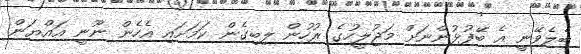
ބެލެވޭނީ އެ ބޭފުޅުންނަށް މަޖުލީހުގެ ރުހުން ލިބިގެން ކަމަށައި އެހެން ނޫނީ އައްޔަން